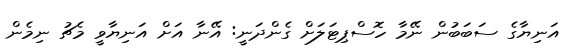
އަނިޔާގެ ސަބަބުން ނޭމާ ހޮސްޕިޓަލަށް ގެންދަނީ: އޭނާ އަށް އަނިޔާވީ މެޗު ނިމެން